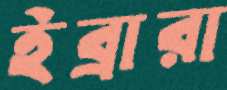
ইব্রারা